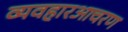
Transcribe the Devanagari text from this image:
व्यवहारआचरण